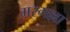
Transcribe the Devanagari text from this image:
मरगल्ला